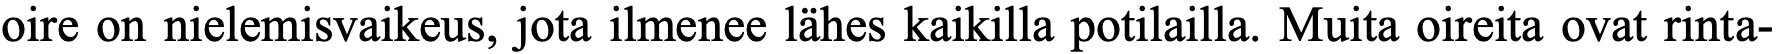
oire on nielemisvaikeus, jota ilmenee lähes kaikilla potilailla. Muita oireita ovat rinta-